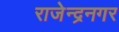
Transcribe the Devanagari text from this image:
राजेन्द्रनगर